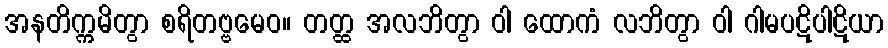
အနတိက္ကမိတွာ စရိတဗ္ဗမေဝ။ တတ္ထ အလဘိတွာ ဝါ ထောကံ လဘိတွာ ဝါ ဂါမပဋိပါဋိယာ